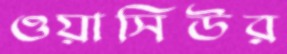
ওয়াসিউর